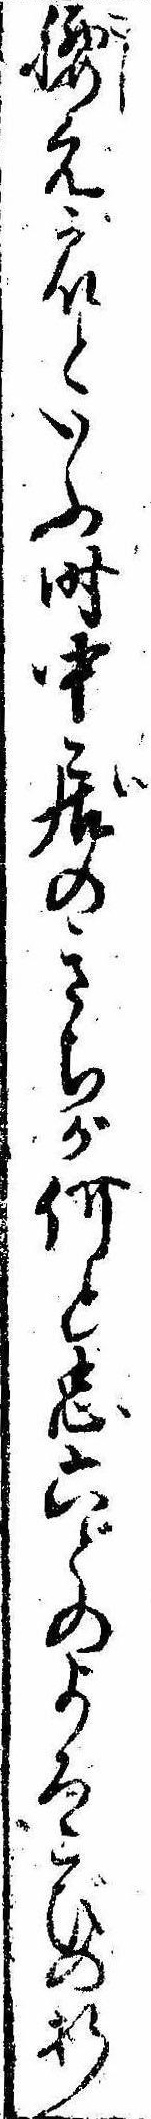
腰元衆といふ時中居のきちが何と忠六どのよろこびの折